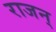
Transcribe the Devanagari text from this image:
राजन्‌